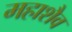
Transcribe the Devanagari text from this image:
महाशैव